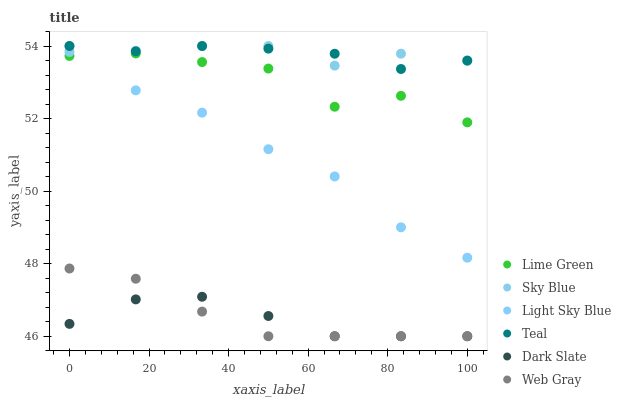
| xaxis_label | Lime Green | Sky Blue | Light Sky Blue | Teal | Dark Slate | Web Gray |
 | --- | --- | --- | --- | --- | --- | --- |
 | 0 | 53.7 | 53.8 | 54 | 54 | 46.3 | 47.9 |
 | 16.7 | 53.8 | 53.9 | 52.8 | 53.9 | 47 | 47.6 |
 | 33.3 | 53.6 | 54 | 52.2 | 54 | 47.1 | 46.7 |
 | 50 | 53.4 | 54 | 51.2 | 53.9 | 46.6 | 46 |
 | 66.7 | 52.3 | 53.5 | 50.4 | 53.8 | 46 | 46 |
 | 83.3 | 52.6 | 53.8 | 49 | 53.4 | 46 | 46 |
 | 100 | 51.9 | 53.6 | 48.2 | 53.6 | 46 | 46 |